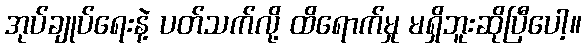
အုပ်ချုပ်ရေးနဲ့ ပတ်သက်လို့ ထိရောက်မှု မရှိဘူးဆိုပြီပေါ့။